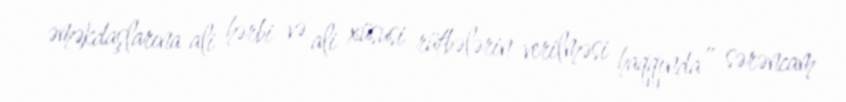
əməkdaşlarına ali hərbi və ali xüsusi rütbələrin verilməsi haqqında” sərəncam